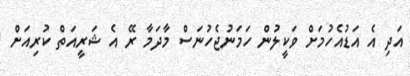
އަދި އެ އަޑުއެހުމަށް ވަކީލުން ހަމަނުޖެހުނަސް މާދަމާ ރޭ އެ ޝަރީއަތް ކުރިއަށް